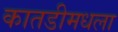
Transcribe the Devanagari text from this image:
कातडीमधला